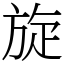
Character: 旋